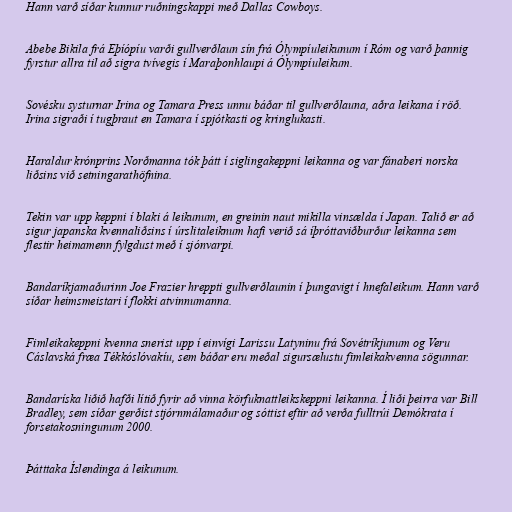
Hann varð síðar kunnur ruðningskappi með Dallas Cowboys.

Abebe Bikila frá Eþíópíu varði gullverðlaun sín frá Ólympíuleikunum í Róm og varð þannig
fyrstur allra til að sigra tvívegis í Maraþonhlaupi á Ólympíuleikum.

Sovésku systurnar Irina og Tamara Press unnu báðar til gullverðlauna, aðra leikana í röð.
Irina sigraði í tugþraut en Tamara í spjótkasti og kringlukasti.

Haraldur krónprins Norðmanna tók þátt í siglingakeppni leikanna og var fánaberi norska
liðsins við setningarathöfnina.

Tekin var upp keppni í blaki á leikunum, en greinin naut mikilla vinsælda í Japan. Talið er að
sigur japanska kvennaliðsins í úrslitaleiknum hafi verið sá íþróttaviðburður leikanna sem
flestir heimamenn fylgdust með í sjónvarpi.

Bandaríkjamaðurinn Joe Frazier hreppti gullverðlaunin í þungavigt í hnefaleikum. Hann varð
síðar heimsmeistari í flokki atvinnumanna.

Fimleikakeppni kvenna snerist upp í einvígi Larissu Latyninu frá Sovétríkjunum og Veru
Cáslavská fræa Tékkóslóvakíu, sem báðar eru meðal sigursælustu fimleikakvenna sögunnar.

Bandaríska liðið hafði lítið fyrir að vinna körfuknattleikskeppni leikanna. Í liði þeirra var Bill
Bradley, sem síðar gerðist stjórnmálamaður og sóttist eftir að verða fulltrúi Demókrata í
forsetakosningunum 2000.

Þátttaka Íslendinga á leikunum.